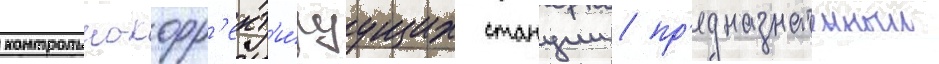
контрольно-корр'ект'и́руущих станции / пр'едназначенныи